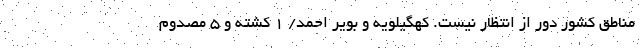
مناطق کشور دور از انتظار نیست. کهگیلویه و بویر احمد/ 1 کشته و 5 مصدوم